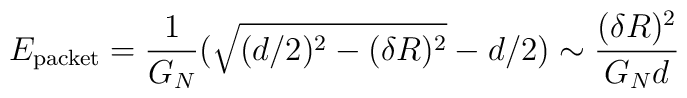
E_{\textup{\scriptsize{packet}}} =\frac{1}{G_N}( \sqrt{(d/2)^2 - (\delta R)^2} -d/2)\sim\frac{(\delta R)^2}{G_Nd}